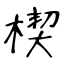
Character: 楔